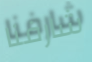
شارفنا